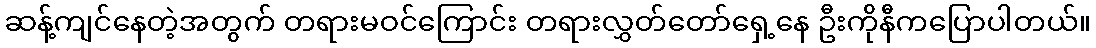
ဆန့်ကျင်နေတဲ့အတွက် တရားမဝင်ကြောင်း တရားလွှတ်တော်ရှေ့နေ ဦးကိုနီကပြောပါတယ်။